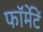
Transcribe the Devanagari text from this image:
फॉर्मेटें